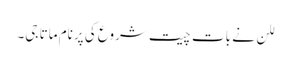
للن نے بات چیت شروع کی پرنام ماتا جی۔